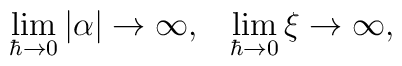
\lim_{\hbar \to 0} |\alpha| \to \infty, ~~\lim_{\hbar \to 0} \xi \to \infty,